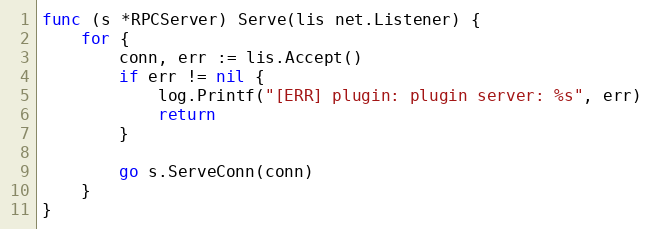
Language: Go
func (s *RPCServer) Serve(lis net.Listener) {
	for {
		conn, err := lis.Accept()
		if err != nil {
			log.Printf("[ERR] plugin: plugin server: %s", err)
			return
		}

		go s.ServeConn(conn)
	}
}